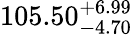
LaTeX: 105.50_{-4.70}^{+6.99}